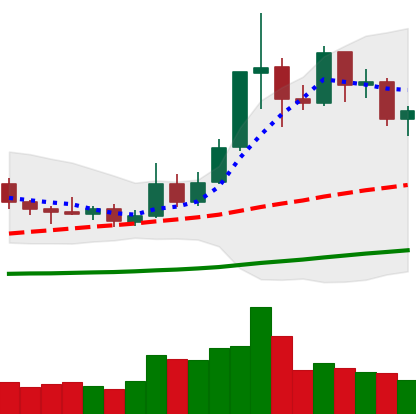
Ticker: ETC-USD
Chart end date: 2019-05-23
Forward return: 16.319%
Label: up_7plus